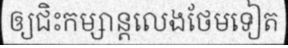
ឲ្យជិះកម្សាន្តលេងថែមទៀត